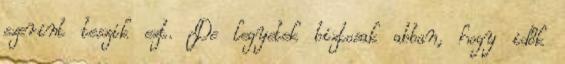
szerint teszik ezt. De legyetek biztosak abban, hogy idők